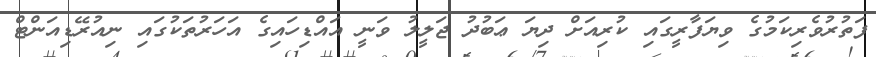
ފަތުރުވެރިކަމުގެ ވިޔަފާރީގައި ކުރިއަށް ދިޔަ ޢަބުދު ޖަލީލު ވަނީ އައްޑިހައިގެ އަހަރުތަކުގައި ނިއުރޭޑިއަންޓް